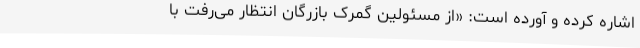
اشاره کرده و آورده است: «از مسئولین گمرک بازرگان انتظار می‌رفت با